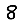
Digit: 8